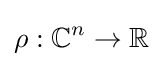
\rho :\mathbb {C} ^{n}\to \mathbb {R}